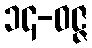
၁၄-ဝဇ္ဇ